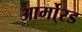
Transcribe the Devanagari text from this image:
आर्मो्रड